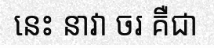
នេះ នាវា ចរ គឺជា